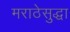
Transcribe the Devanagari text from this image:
मराठेसुद्धा